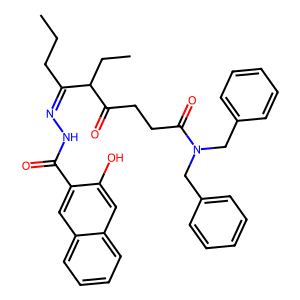
SMILES: CCCC(=NNC(=O)c1cc2ccccc2cc1O)C(CC)C(=O)CCC(=O)N(Cc1ccccc1)Cc1ccccc1
Inhibits HIV replication: No